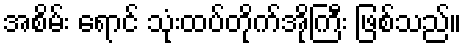
အစိမ်း ရောင် သုံးထပ်တိုက်အိုကြီး ဖြစ်သည်။